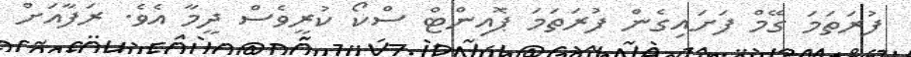
ފުރަތަމަ ގޭމް ފަށައިގެން ފުރަތަމަ ޕޮއިންޓް ސްކޯ ކުރީވެސް ދީމާ އެވެ. ރަފާއަށް